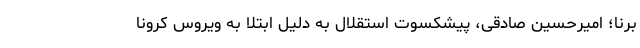
برنا؛ امیرحسین صادقی، پیشکسوت استقلال به دلیل ابتلا به ویروس کرونا